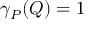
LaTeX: \gamma _ { P } ( Q ) = 1